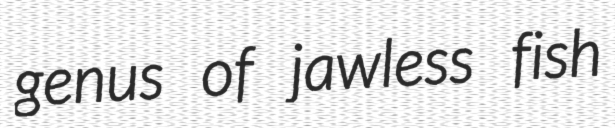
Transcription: genus of jawless fish